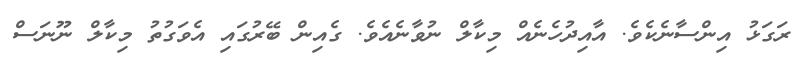
ރަގަޅު އިންސާނެކެވެ. އާއިދުހެނެއް މިކާލް ނުވާނެއެވެ. ގެއިން ބޭރުގައި އެވަގުތު މިކާލް ނޫނަސް